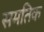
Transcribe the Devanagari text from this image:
समतिक